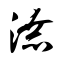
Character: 潦